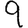
Digit: 9